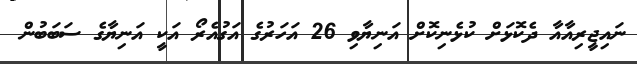
ނައިޖީރިއާއާ ދެކޮޅަށް ކުޅެނިކޮށް އަނިޔާވި 26 އަހަރުގެ އަގުއެރޯ އަކީ އަނިޔާގެ ސަބަބުން